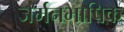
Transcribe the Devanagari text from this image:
जर्मनभाषिक